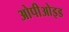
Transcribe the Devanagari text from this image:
ओपीओइड